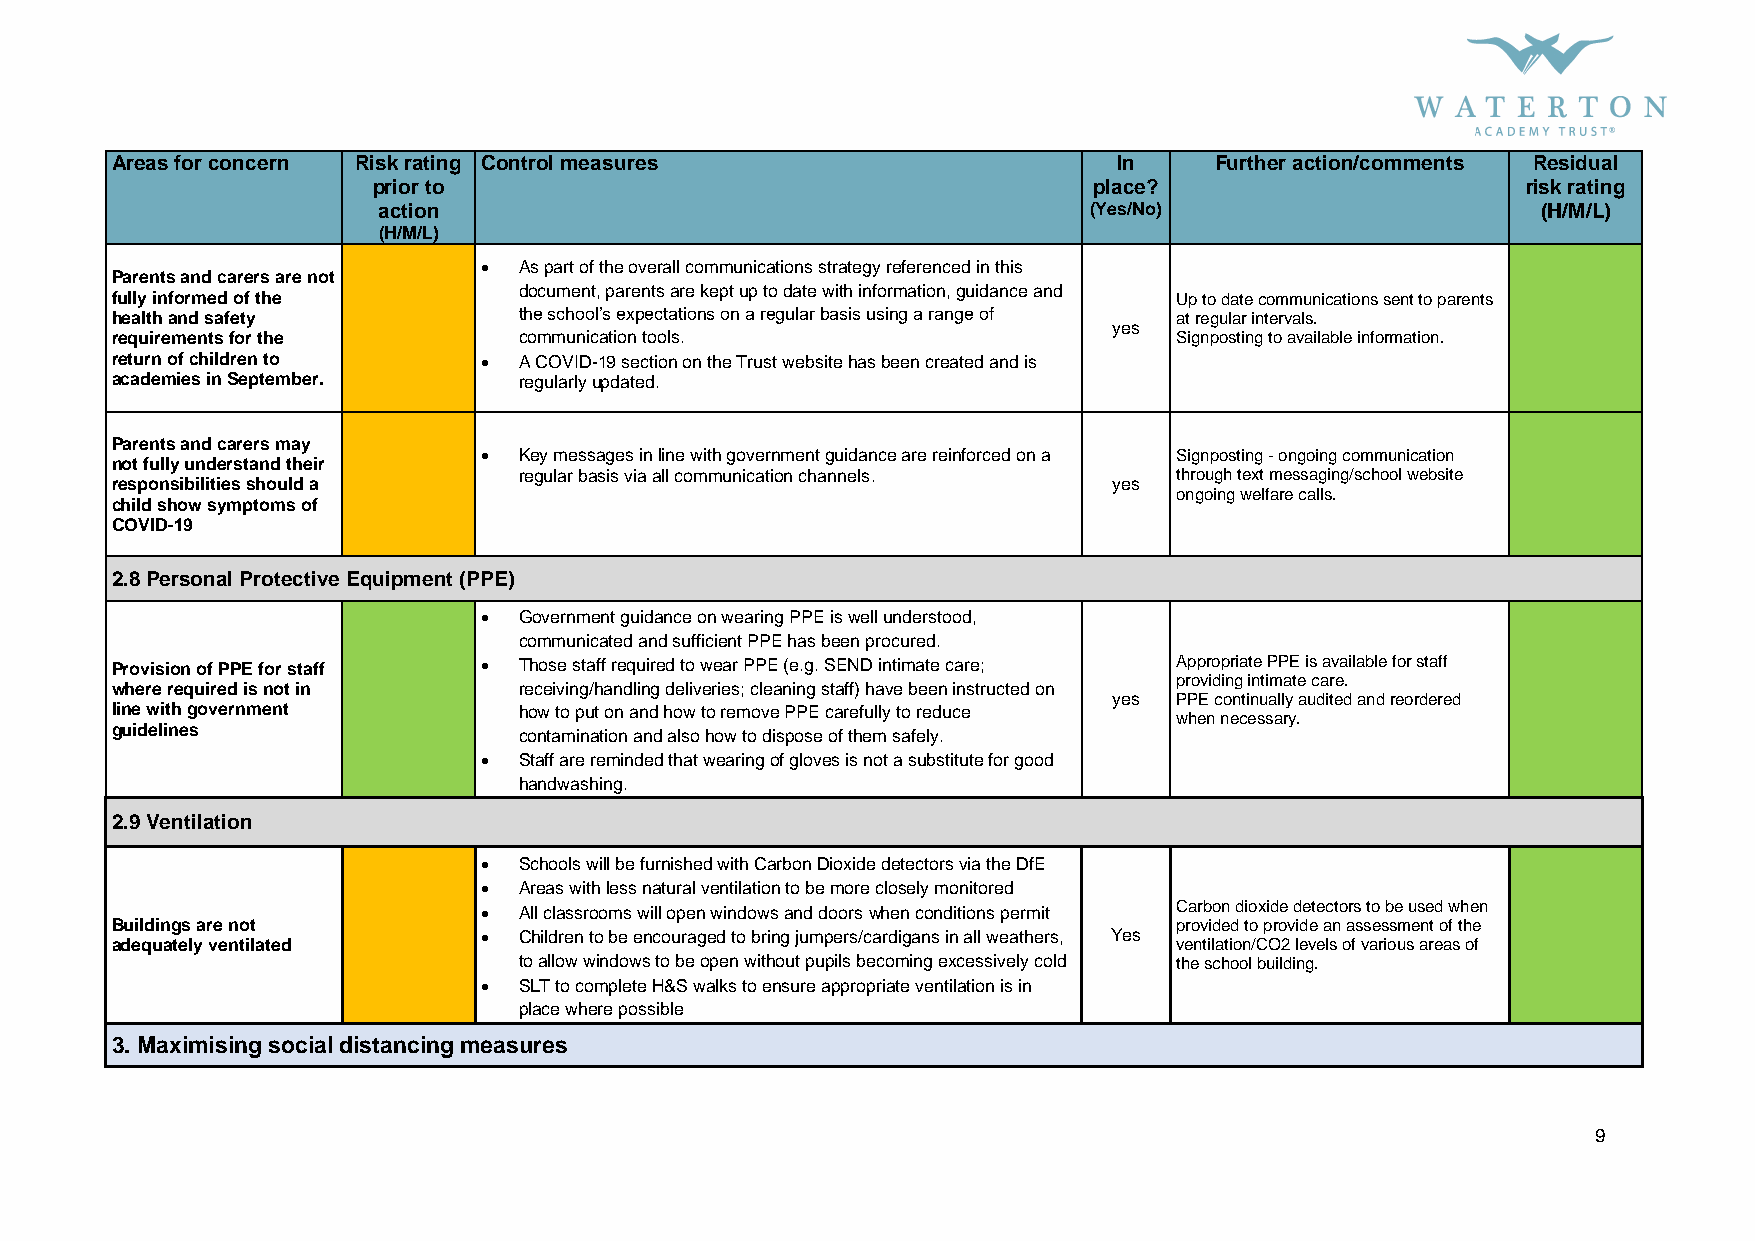
Areas for concern Risk rating Control measures                     In    Further action/comments Residual
 prior to                                       place?                       risk rating
 action                                         (Yes/No)                      (H/M/L)
 (H/M/L)
  As part of the overall communications strategy referenced in this
 Parents and carers are not
 document, parents are kept up to date with information, guidance and
 fully informed of the                                                  Up to date communications sent to parents
 health and safety          the school’s expectations on a regular basis using a range of at regular intervals.
 yes
 requirements for the       communication tools.                        Signposting to available information.
 return of children to     A COVID-19 section on the Trust website has been created and is
 academies in September.    regularly updated.
 Parents and carers may
  Key messages in line with government guidance are reinforced on a Signposting - ongoing communication
 not fully understand their
 regular basis via all communication channels. through text messaging/school website
 responsibilities should a                                          yes
 ongoing welfare calls.
 child show symptoms of
 COVID-19
 2.8 Personal Protective Equipment (PPE)
  Government guidance on wearing PPE is well understood,
 communicated and sufficient PPE has been procured.
 Provision of PPE for staff  Those staff required to wear PPE (e.g. SEND intimate care; Appropriate PPE is available for staff
 providing intimate care.
 where required is not in   receiving/handling deliveries; cleaning staff) have been instructed on
 yes PPE continually audited and reordered
 line with government       how to put on and how to remove PPE carefully to reduce
 when necessary.
 guidelines                 contamination and also how to dispose of them safely.
  Staff are reminded that wearing of gloves is not a substitute for good
 handwashing.
 2.9 Ventilation
  Schools will be furnished with Carbon Dioxide detectors via the DfE
  Areas with less natural ventilation to be more closely monitored
  All classrooms will open windows and doors when conditions permit Carbon dioxide detectors to be used when
 Buildings are not                                                      provided to provide an assessment of the
  Children to be encouraged to bring jumpers/cardigans in all weathers, Yes
 adequately ventilated                                                  ventilation/CO2 levels of various areas of
 to allow windows to be open without pupils becoming excessively cold the school building.
  SLT to complete H&S walks to ensure appropriate ventilation is in
 place where possible
 3. Maximising social distancing measures
 9